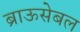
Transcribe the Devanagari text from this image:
ब्राऊसेबल